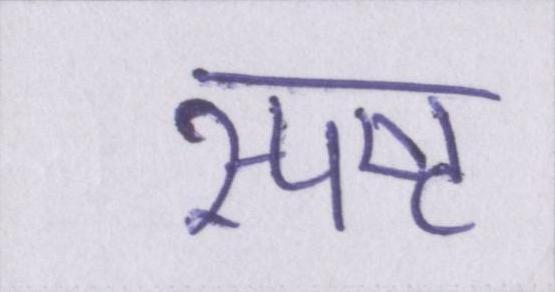
स्पष्ट